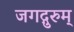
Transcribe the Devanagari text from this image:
जगद्गुरुम्